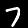
Digit: 7